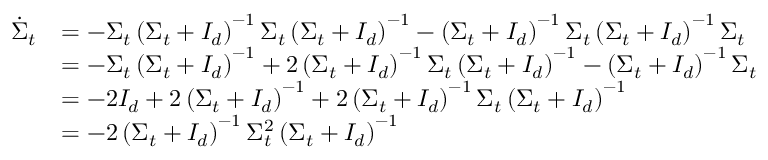
\begin{array} { r l } { \dot { \Sigma } _ { t } } & { = - \Sigma _ { t } \left( \Sigma _ { t } + I _ { d } \right) ^ { - 1 } \Sigma _ { t } \left( \Sigma _ { t } + I _ { d } \right) ^ { - 1 } - \left( \Sigma _ { t } + I _ { d } \right) ^ { - 1 } \Sigma _ { t } \left( \Sigma _ { t } + I _ { d } \right) ^ { - 1 } \Sigma _ { t } } \\ & { = - \Sigma _ { t } \left( \Sigma _ { t } + I _ { d } \right) ^ { - 1 } + 2 \left( \Sigma _ { t } + I _ { d } \right) ^ { - 1 } \Sigma _ { t } \left( \Sigma _ { t } + I _ { d } \right) ^ { - 1 } - \left( \Sigma _ { t } + I _ { d } \right) ^ { - 1 } \Sigma _ { t } } \\ & { = - 2 I _ { d } + 2 \left( \Sigma _ { t } + I _ { d } \right) ^ { - 1 } + 2 \left( \Sigma _ { t } + I _ { d } \right) ^ { - 1 } \Sigma _ { t } \left( \Sigma _ { t } + I _ { d } \right) ^ { - 1 } } \\ & { = - 2 \left( \Sigma _ { t } + I _ { d } \right) ^ { - 1 } \Sigma _ { t } ^ { 2 } \left( \Sigma _ { t } + I _ { d } \right) ^ { - 1 } } \end{array}